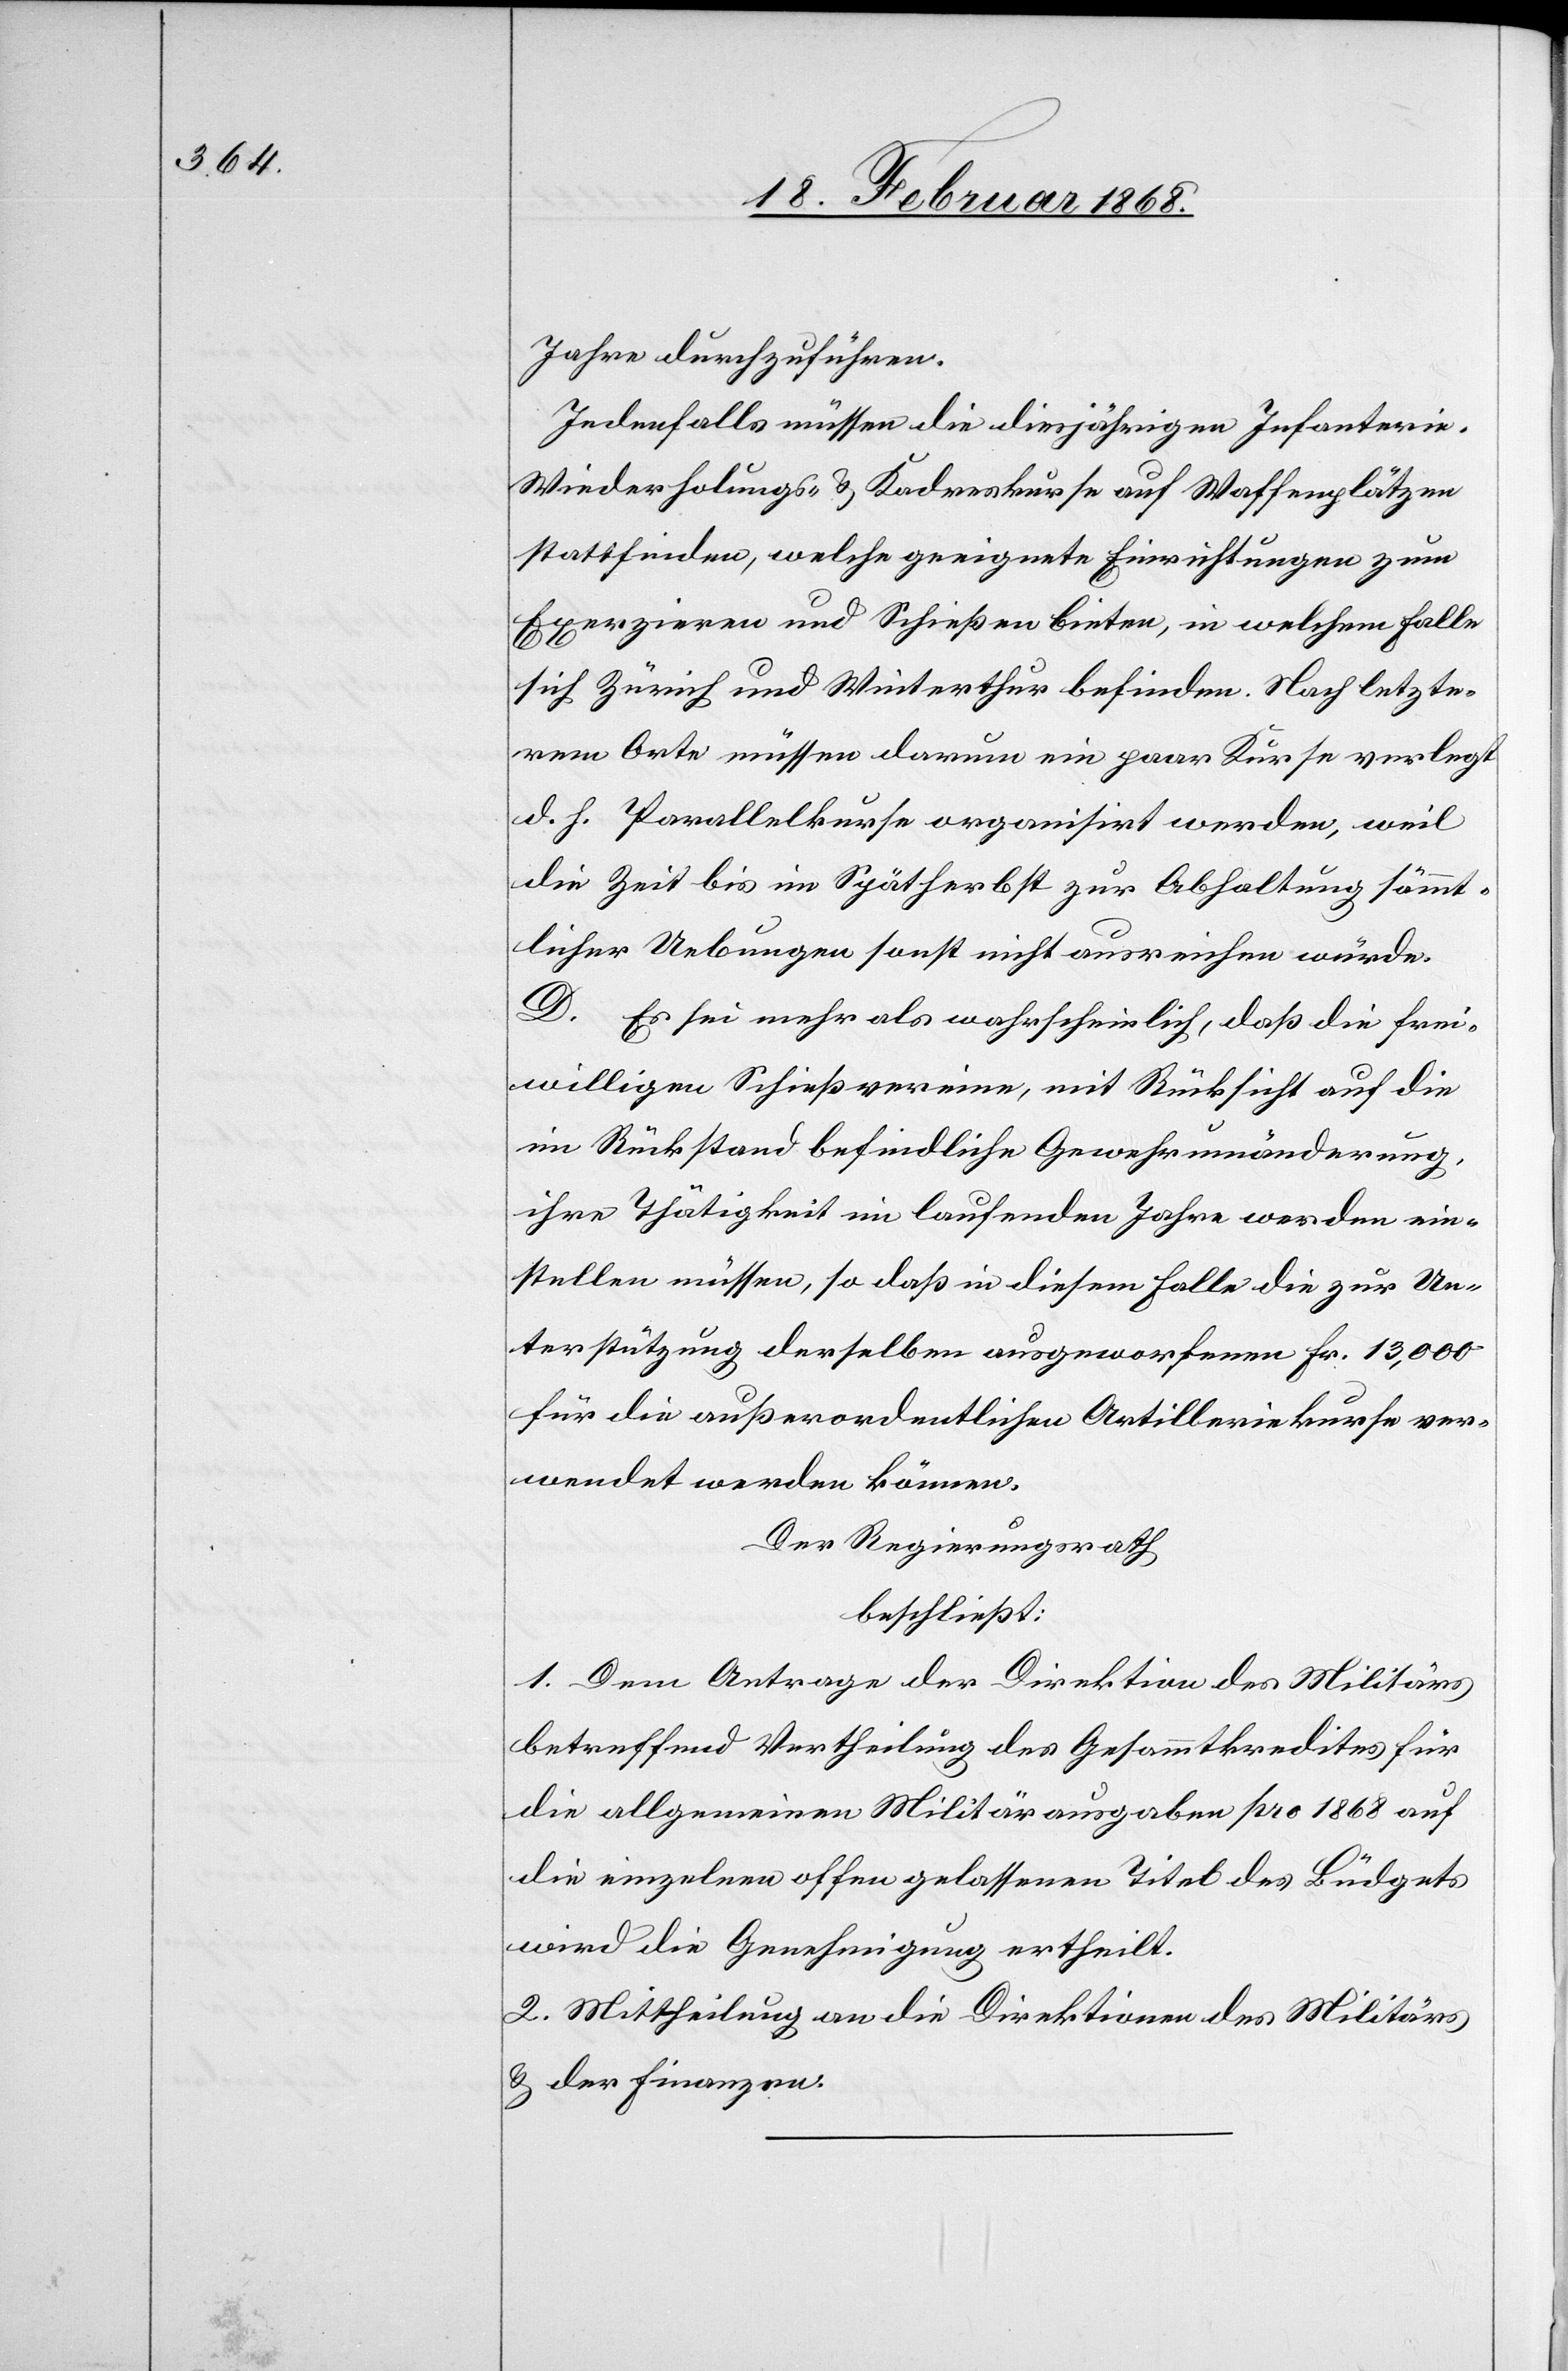
Jahre durchzuführen.
Jedenfalls müssen die diesjährigen Infanterie-
Wiederholungs- & Kadreskurse auf Waffenplätzen
stattfinden, welche geeignete Einrichtungen zum
Exerzieren und Schießen bieten, in welchem Falle
sich Zürich und Winterthur befinden. Nach letzte¬
rem Orte müssen darum ein paar Kurse verlegt
d. h. Parallelkurse organisirt werden, weil
die Zeit bis im Spätherbst zur Abhaltung sämmt¬
licher Uebungen sonst nicht ausreichen würde.
D. Es sei mehr als wahrscheinlich, daß die frei¬
willigen Schießvereine, mit Rücksicht auf die
im Rückstand befindliche Gewehrumänderung,
ihre Thätigkeit im laufenden Jahre werden ein¬
stellen müssen, so daß in diesem Falle die zur Un¬
terstützung derselben ausgeworfenen Fr. 13,000
für die außerordentlichen Artilleriekurse ver¬
wendet werden können.
Der Regierungsrath
beschließt:
1. Dem Antrage der Direktion des Militärs
betreffend Vertheilung des Gesammtkredites für
die allgemeinen Militärausgaben pro 1868 auf
die einzelnen offen gelassenen Titel des Büdgets
wird die Genehmigung ertheilt.
2. Mittheilung an die Direktionen des Militärs
& der Finanzen.